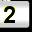
Digit: 2